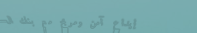
إيداع آمن ومربح مع بنك ال